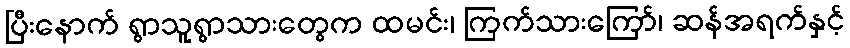
ပြီးနောက် ရွာသူရွာသားတွေက ထမင်း၊ ကြက်သားကြော်၊ ဆန်အရက်နှင့်